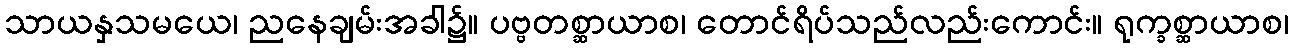
သာယနှသမယေ၊ ညနေချမ်းအခါ၌။ ပဗ္ဗတစ္ဆာယာစ၊ တောင်ရိပ်သည်လည်းကောင်း။ ရုက္ခစ္ဆာယာစ၊